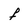
Character: f